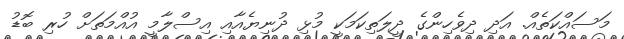
މަސައްކަތެއް. އަދި ދިވެހިންގެ ދީލަތިކަމަކީ މުޅި ދުނިޔެއާއި އިސްލާމީ އުއްމަތަށް ހުރި ބޮޑު